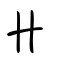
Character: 丱